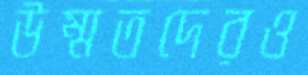
উম্মতদেরও